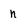
Character: n